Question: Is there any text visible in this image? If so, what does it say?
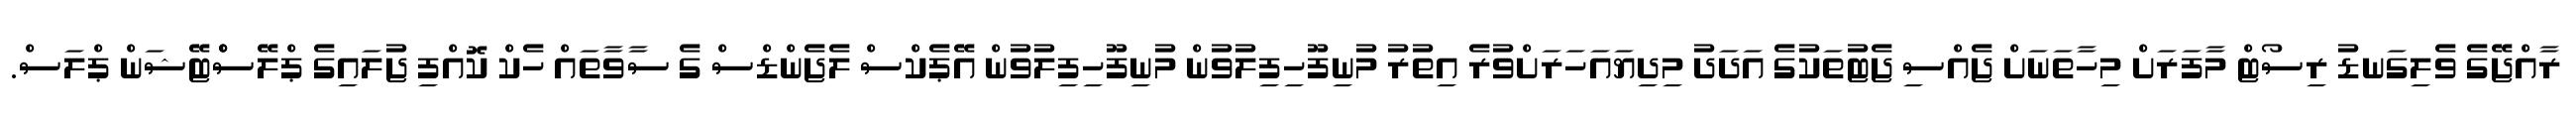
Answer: ރާއްޖޭގެ ވެލިގަނޑު ރިސޯޓް މާފަރަށް މިހާތަނަށް ޖެއްސި ޖެޓުތަކުގެ އަދަދު މިދިޔައަހަރަށްވުރެ އިތުރު މުނިފޫހިފިލުވުން މުނިފޫހިފިލުވުން އޭޕެކްސް ލެޖެންޑްސް ގެ ސާވާތައް ހެކް ކޮއްފި ޖުލައިގެ ޕްލޭސްްޓޭޝަން ޕްލަސް.